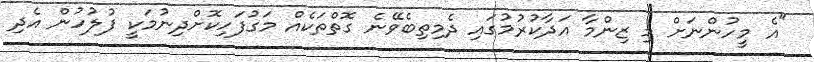
"އެ މީހުންނަށް މި ޒިންމާ އަދާކުރުމުގައި ދެމިތިބެވޭނެ ގޮތްތަކެއް މަގުފަހިކޮށްދިނުމަކީ ފުލުހުން އެދި